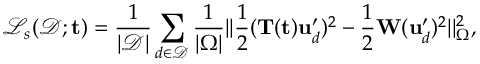
\mathcal { L } _ { s } ( \mathcal { D } ; \mathbf { t } ) = \frac { 1 } { | \mathcal { D } | } \sum _ { d \in \mathcal { D } } \frac { 1 } { | \Omega | } | | \frac { 1 } { 2 } ( \mathbf { T } ( \mathbf { t } ) \mathbf { u } _ { d } ^ { \prime } ) ^ { 2 } - \frac { 1 } { 2 } \mathbf { W } ( \mathbf { u } _ { d } ^ { \prime } ) ^ { 2 } | | _ { \Omega } ^ { 2 } ,